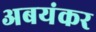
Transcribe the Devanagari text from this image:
अबयंकर